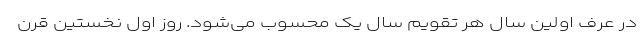
در عرف اولین سال هر تقویم سال یک محسوب می‌شود. روز اول نخستین قرن